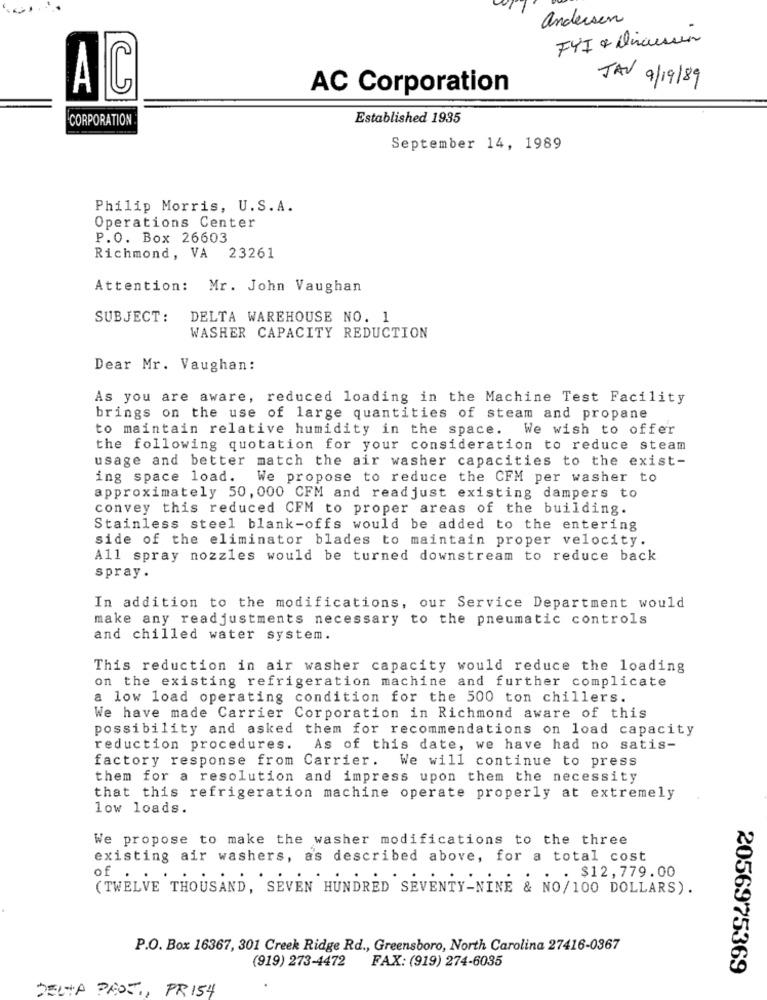
anderson
FYI + Discusun
JAV 9/19/89
AC
AC Corporation
CORPORATION
Established 1935
September 14, 1989
Philip Morris, U.S. A.
Operations Center
P.O. Box 26603
Richmond, VA 23261
Attention: Mr. John Vaughan
SUBJECT:
DELTA WAREHOUSE NO. 1
WASHER CAPACITY REDUCTION
Dear Mr. Vaughan:
As you are aware, reduced loading in the Machine Test Facility
brings on the use of large quantities of steam and propane
to maintain relative humidity in the space.
We wish to offer
the following quotation for your consideration to reduce steam
usage and better match the air washer capacities to the exist-
ing space load.
We propose to reduce the CFM per washer to
approximately 50, 000 CFM and readjust existing dampers to
convey this reduced CFM to proper areas of the building.
Stainless steel blank-offs would be added to the entering
side of the eliminator blades to maintain proper velocity.
All spray nozzles would be turned downstream to reduce back
spray .
In addition to the modifications, our Service Department would
make any readjustments necessary to the pneumatic controls
and chilled water system.
This reduction in air washer capacity would reduce the loading
on the existing refrigeration machine and further complicate
a low load operating condition for the 500 ton chillers.
We have made Carrier Corporation in Richmond aware of this
possibility and asked them for recommendations on load capacity
reduction procedures.
As of this date, we have had no satis-
factory response from Carrier. We will continue to press
them for a resolution and impress upon them the necessity
that this refrigeration machine operate properly at extremely
low loads.
We propose to make the washer modifications to the three
existing air washers, as described above, for a total cost
. $12,779.00
of .
(TWELVE THOUSAND, SEVEN HUNDRED SEVENTY-NINE & NO/100 DOLLARS).
P.O. Box 16367, 301 Creek Ridge Rd ., Greensboro, North Carolina 27416-0367
(919) 273-4472
FAX: (919) 274-6035
2056975369
DELTA PROS ., PR154